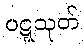
ဝဋ္ဋသုတ်